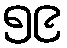
၅၉